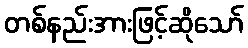
တစ်နည်းအားဖြင့်ဆိုသော်